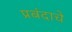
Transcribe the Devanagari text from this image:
प्रबंदाचे